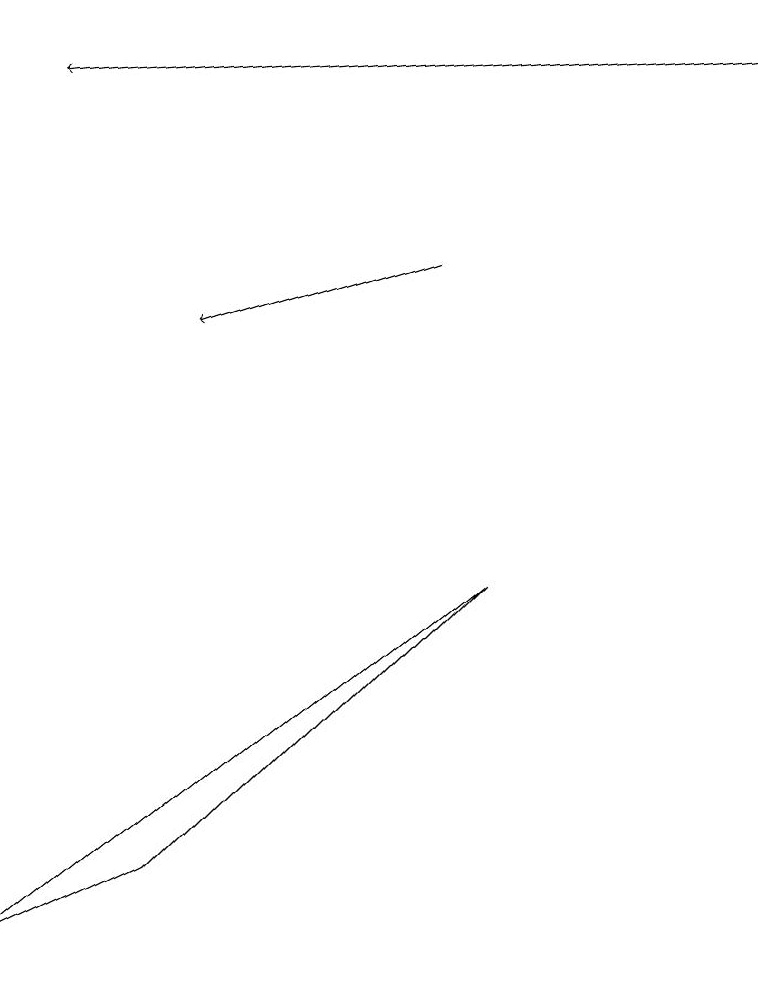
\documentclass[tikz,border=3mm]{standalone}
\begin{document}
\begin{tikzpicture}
\draw[->] (5,11) -- (2,10);
\draw (0,2) -- (6,7) -- (2,3) -- cycle;
\draw[->] (9,14) -- (0,13);
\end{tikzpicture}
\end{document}